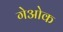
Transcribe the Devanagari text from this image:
गेओक